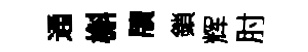
通槲牘鎖辉肘